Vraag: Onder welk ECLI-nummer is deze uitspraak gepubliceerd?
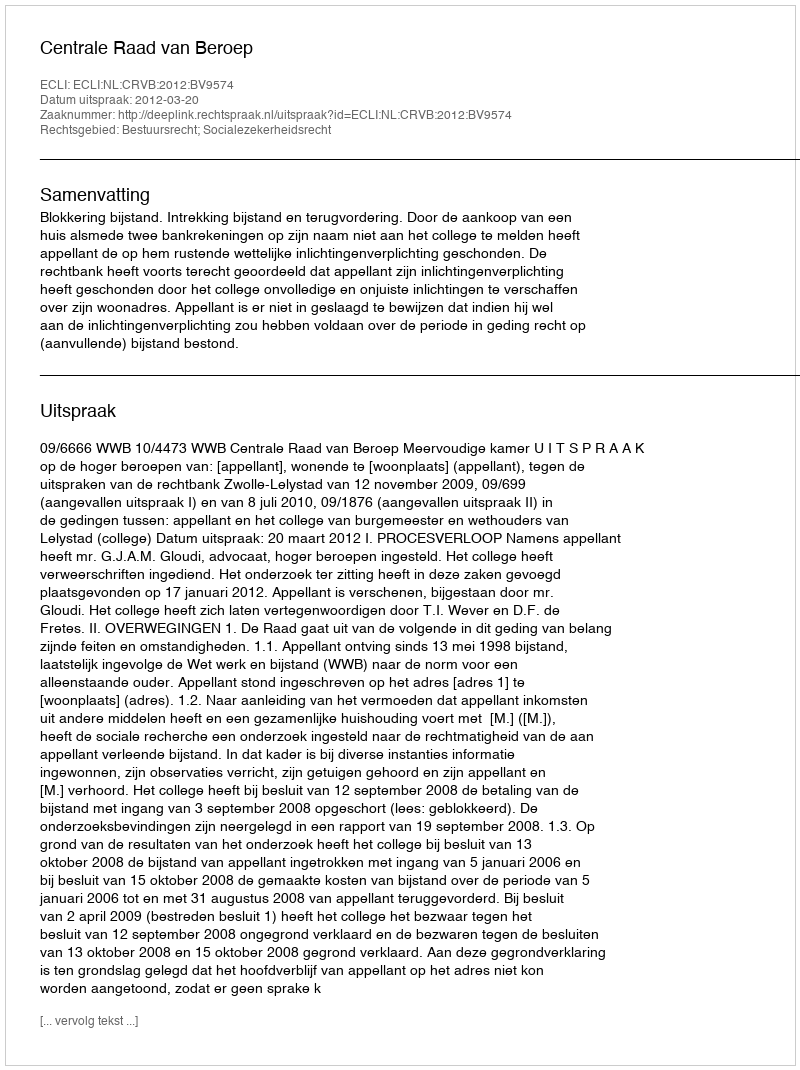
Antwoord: ECLI:NL:CRVB:2012:BV9574